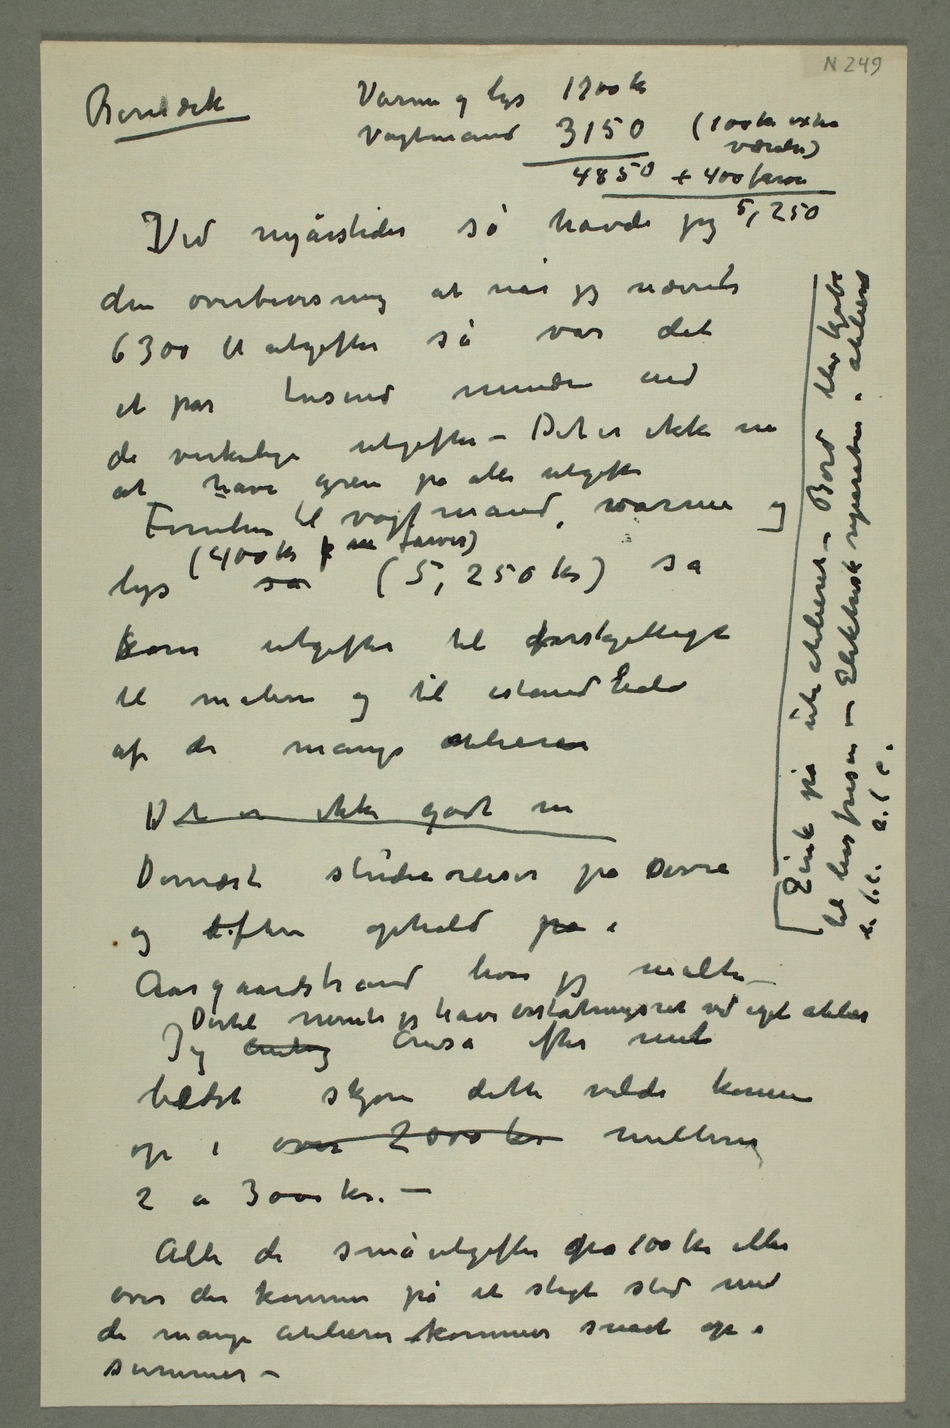
Bemærk Varme og lys  1700 kr
Vagtmand 3150(100 kr extra
værelse)
at have greie på alle utgifter
Foruten til vagtmand, varme og lys (400kr  m farver) så
af de mange atelierer
Det er ikke godt nu
Aasgaardstrand hvor jeg malte
Dertil mente jeg have erstatningsret ved eget atelier
Jeg antog anså efter mit
bedste skjøn dette vilde komme
2 a 3000 kr. –
Alle de småutgifter fra 100 kr eller
over der kommer på et sligt sted med
de mange atelierer –kommer snart op i
summer –